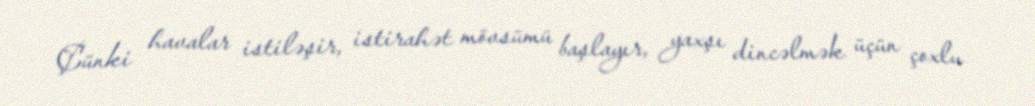
Çünki havalar istiləşir, istirahət mövsümü başlayır, yaxşı dincəlmək üçün çoxlu